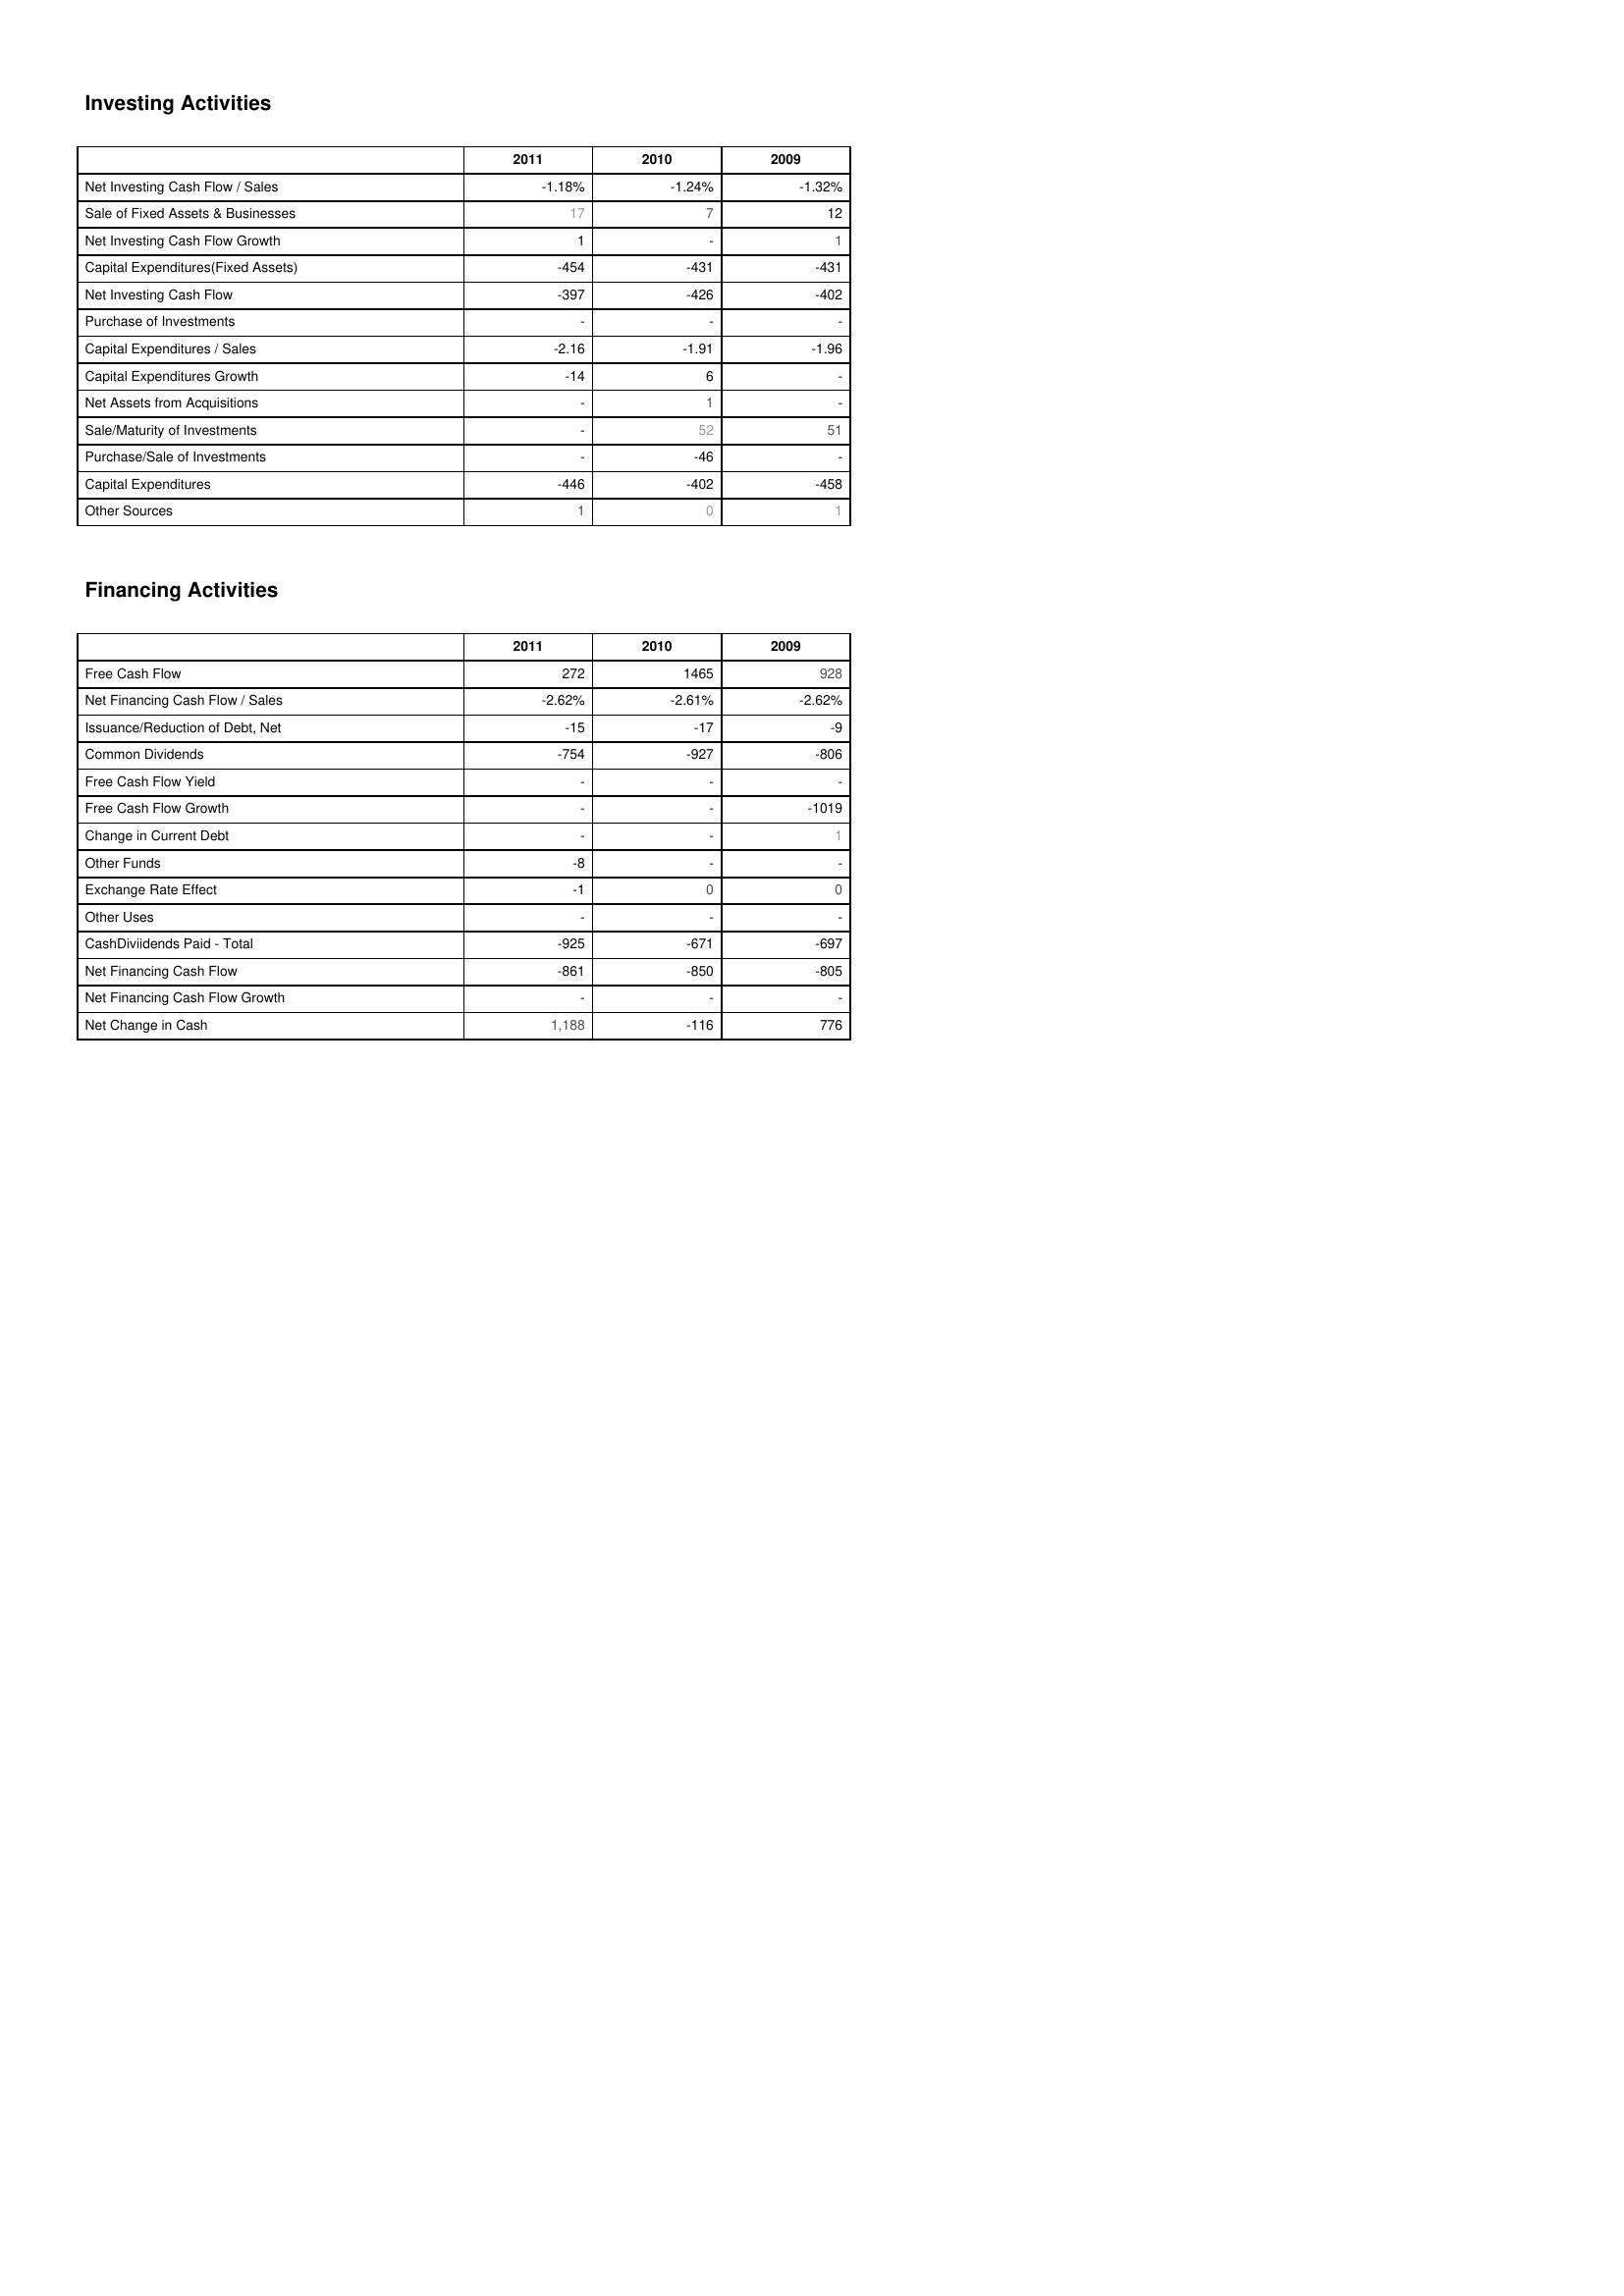
2011: Investing Activities: Net Investing Cash Flow / Sales: -1.18%
Sale of Fixed Assets & Businesses: 17
Net Investing Cash Flow Growth: 1
Capital Expenditures(Fixed Assets): -454
Net Investing Cash Flow: -397
Purchase of Investments: -
Capital Expenditures / Sales: -2.16
Capital Expenditures Growth: -14
Net Assets from Acquisitions: -
Sale/Maturity of Investments: -
Purchase/Sale of Investments: -
Capital Expenditures: -446
Other Sources: 1
Financing Activities: Free Cash Flow: 272
Net Financing Cash Flow / Sales: -2.62%
Issuance/Reduction of Debt, Net: -15
Common Dividends: -754
Free Cash Flow Yield: -
Free Cash Flow Growth: -
Change in Current Debt: -
Other Funds: -8
Exchange Rate Effect: -1
Other Uses: -
CashDiviidends Paid - Total: -925
Net Financing Cash Flow: -861
Net Financing Cash Flow Growth: -
Net Change in Cash: 1,188
2010: Investing Activities: Net Investing Cash Flow / Sales: -1.24%
Sale of Fixed Assets & Businesses: 7
Net Investing Cash Flow Growth: -
Capital Expenditures(Fixed Assets): -431
Net Investing Cash Flow: -426
Purchase of Investments: -
Capital Expenditures / Sales: -1.91
Capital Expenditures Growth: 6
Net Assets from Acquisitions: 1
Sale/Maturity of Investments: 52
Purchase/Sale of Investments: -46
Capital Expenditures: -402
Other Sources: 0
Financing Activities: Free Cash Flow: 1465
Net Financing Cash Flow / Sales: -2.61%
Issuance/Reduction of Debt, Net: -17
Common Dividends: -927
Free Cash Flow Yield: -
Free Cash Flow Growth: -
Change in Current Debt: -
Other Funds: -
Exchange Rate Effect: 0
Other Uses: -
CashDiviidends Paid - Total: -671
Net Financing Cash Flow: -850
Net Financing Cash Flow Growth: -
Net Change in Cash: -116
2009: Investing Activities: Net Investing Cash Flow / Sales: -1.32%
Sale of Fixed Assets & Businesses: 12
Net Investing Cash Flow Growth: 1
Capital Expenditures(Fixed Assets): -431
Net Investing Cash Flow: -402
Purchase of Investments: -
Capital Expenditures / Sales: -1.96
Capital Expenditures Growth: -
Net Assets from Acquisitions: -
Sale/Maturity of Investments: 51
Purchase/Sale of Investments: -
Capital Expenditures: -458
Other Sources: 1
Financing Activities: Free Cash Flow: 928
Net Financing Cash Flow / Sales: -2.62%
Issuance/Reduction of Debt, Net: -9
Common Dividends: -806
Free Cash Flow Yield: -
Free Cash Flow Growth: -1019
Change in Current Debt: 1
Other Funds: -
Exchange Rate Effect: 0
Other Uses: -
CashDiviidends Paid - Total: -697
Net Financing Cash Flow: -805
Net Financing Cash Flow Growth: -
Net Change in Cash: 776